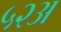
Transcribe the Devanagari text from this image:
५२अ